Report on vaccination in the Province of Bengal - 1874-1889
Year: 1874
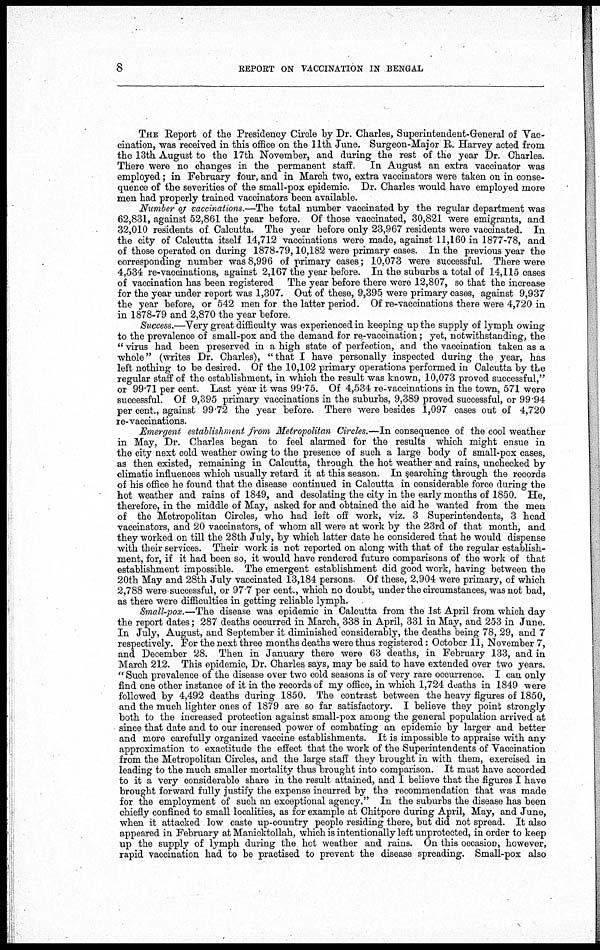
8
REPORT ON VACCINATION IN BENGAL
THE Report of the Presidency Circle by Dr. Charles, Superintendent-General of Vac-
cination, was received in this office on the 11th June. Surgeon-Major R. Harvey acted from
the 13th August to the 17th November, and during the rest of the year Dr. Charles.
There were no changes in the permanent staff. In August an extra vaccinator was
employed; in February four, and in March two, extra vaccinators were taken on in conse-
quence of the severities of the small-pox epidemic. Dr. Charles would have employed more
men had properly trained vaccinators been available.
Number of vaccinations.—The total number vaccinated by the regular department was
62,831, against 52,861 the year before. Of those vaccinated, 30,821 were emigrants, and
32,010 residents of Calcutta. The year before only 23,967 residents were vaccinated. In
the city of Calcutta itself 14,712 vaccinations were made, against 11,160 in 1877-78, and
of those operated on during 1878-79, 10,182 were primary cases. In the previous year the
corresponding number was 8,996 of primary cases; 10,073 were successful. There were
4,534 re-vaccinations, against 2,167 the year before. In the suburbs a total of 14,115 cases
of vaccination has been registered The year before there were 12,807, so that the increase
for the year under report was 1,307. Out of these, 9,395 were primary cases, against 9,937
the year before, or 542 men for the latter period. Of re-vaccinations there were 4,720 in
in 1878-79 and 2,870 the year before.
Success.—Very great difficulty was experienced in keeping up the supply of lymph owing
to the prevalence of small-pox and the demand for re-vaccination; yet, notwithstanding, the
" virus had been preserved m a high state of perfection, and the vaccination taken as a
whole" (writes Dr. Charles), "that I have personally inspected during the year, has
left nothing to be desired. Of the 10,102 primary operations performed in Calcutta by the
regular staff of the establishment, in which the result was known, 10,073 proved successful,"
or 99.71 per cent. Last year it was 99.75. Of 4,534 re-vaccinations in the town, 571 were
successful. Of 9,395 primary vaccinations in the suburbs, 9,389 proved successful, or 99.94
per cent., against 99.72 the year before. There were besides 1,097 cases out of 4,720
re-vaccinations.
Emergent establishment from Metropolitan Circles.—In consequence of the cool weather
in May, Dr. Charles began to feel alarmed for the results which might ensue in
the city next cold weather owing to the presence of such a large body of small-pox cases,
as then existed, remaining in Calcutta, through the hot weather and rains, unchecked by
climatic influences which usually retard it at this season. In searching through the records
of his office he found that the disease continued in Calcutta in considerable force during the
hot weather and rains of 1849, and desolating the city in the early months of 1850. He,
therefore, in the middle of May, asked for and obtained the aid he wanted from the men
of the Metropolitan Circles, who had left off work, viz. 3 Superintendents, 3 head
vaccinators, and 20 vaccinators, of whom all were at work by the 23rd of that month, and
they worked on till the 28th July, by which latter date he considered that he would dispense
with their services. Their work is not reported on along with that of the regular establish-
ment, for, if it had been so, it would have rendered future comparisons of the work of that
establishment impossible. The emergent establishment did good work, having between the
20th May and 28th July vaccinated 13,184 persons. Of these, 2,904 were primary, of which
2,788 were successful, or 97.7 per cent., which no doubt, under the circumstances, was not bad,
as there were difficulties in getting reliable lymph.
Small-pox.—The disease was epidemic in Calcutta from the 1st April from which day
the report dates; 287 deaths occurred in March, 338 in April, 331 in May, and 253 in June.
In July, August, and September it diminished considerably, the deaths being 78, 29, and 7
respectively. For the next three months deaths were thus registered: October 11, November 7,
and December 28. Then in January there were 63 deaths, in February 133, and in
March 212. This epidemic, Dr. Charles says, may be said to have extended over two years.
" Such prevalence of the disease over two cold seasons is of very rare occurrence. I can only
find one other instance of it in the records of my office, in which 1,724 deaths in 1849 were
followed by 4,492 deaths during 1850. The contrast between the heavy figures of 1850,
and the much lighter ones of 1879 are so far satisfactory. I believe they point strongly
both to the increased protection against small-pox among the general population arrived at
since that date and to our increased power of combating an epidemic by larger and better
and more carefully organized vaccine establishments. It is impossible to appraise with any
approximation to exactitude the effect that the work of the Superintendents of Vaccination
from the Metropolitan Circles, and the large staff they brought in with them, exercised in
leading to the much smaller mortality thus brought into comparison. It must have accorded
to it a very considerable share in the result attained, and I believe that the figures I have
brought forward fully justify the expense incurred by the recommendation that was made
for the employment of such an exceptional agency." In the suburbs the disease has been
chiefly confined to small localities, as for example at Chitpore during April, May, and June,
when it attacked low caste up-country people residing there, but did not spread. It also
appeared in February at Manicktollah, which is intentionally left unprotected, in order to keep
up the supply of lymph during the hot weather and rains. On this occasion, however,
rapid vaccination had to be practised to prevent the disease spreading. Small-pox also